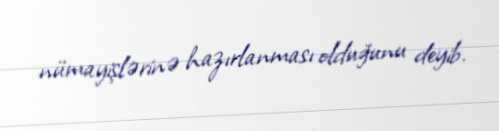
nümayişlərinə hazırlanması olduğunu deyib.